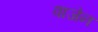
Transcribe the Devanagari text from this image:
वाजेन